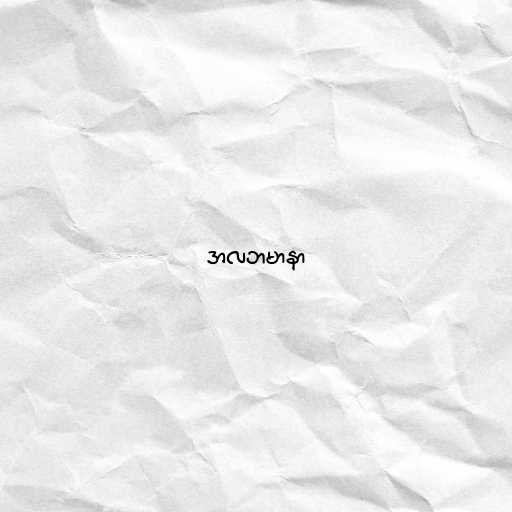
အလဘမာနာ